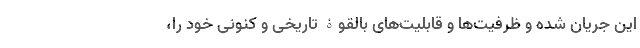
این جریان شده و ظرفیت‌ها و قابلیت‌های بالقوۀ تاریخی و کنونیِ خود را،